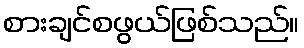
စားချင်စဖွယ်ဖြစ်သည်။